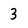
Character: 3